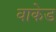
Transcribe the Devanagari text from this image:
वाकेड